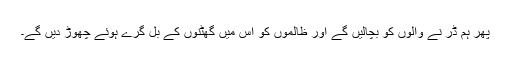
پھر ہم ڈر نے والوں کو بچالیں گے اور ظالموں کو اس میں گھٹنوں کے بل گرے ہوئے چھوڑ دیں گے۔